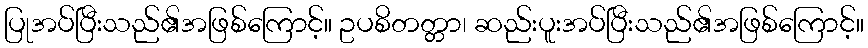
ပြုအပ်ပြီးသည်၏အဖြစ်ကြောင့်။ ဥပစိတတ္တာ၊ ဆည်းပူးအပ်ပြီးသည်၏အဖြစ်ကြောင့်။